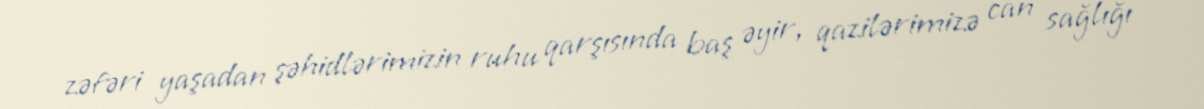
zəfəri yaşadan şəhidlərimizin ruhu qarşısında baş əyir, qazilərimizə can sağlığı